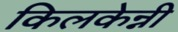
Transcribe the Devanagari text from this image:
किलकेन्नी